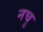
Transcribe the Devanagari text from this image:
नचु